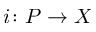
i \colon P \to X